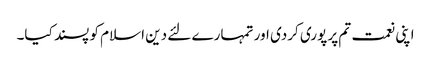
اپنی نعمت تم پر پوری کردی اور تمہارے لئے دین اسلام کو پسند کیا۔